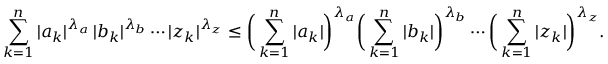
\sum _ { k = 1 } ^ { n } | a _ { k } | ^ { \lambda _ { a } } \, | b _ { k } | ^ { \lambda _ { b } } \cdots | z _ { k } | ^ { \lambda _ { z } } \leq { \biggl ( } \sum _ { k = 1 } ^ { n } | a _ { k } | { \biggr ) } ^ { \lambda _ { a } } { \biggl ( } \sum _ { k = 1 } ^ { n } | b _ { k } | { \biggr ) } ^ { \lambda _ { b } } \cdots { \biggl ( } \sum _ { k = 1 } ^ { n } | z _ { k } | { \biggr ) } ^ { \lambda _ { z } } .